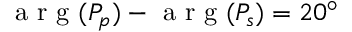
\mathrm { ~ a ~ r ~ g ~ } ( P _ { p } ) - \mathrm { ~ a ~ r ~ g ~ } ( P _ { s } ) = 2 0 ^ { \circ }